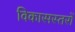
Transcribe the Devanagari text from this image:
विकासस्तरों